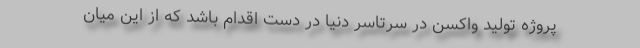
پروژه تولید واکسن در سرتاسر دنیا در دست اقدام باشد که از این میان